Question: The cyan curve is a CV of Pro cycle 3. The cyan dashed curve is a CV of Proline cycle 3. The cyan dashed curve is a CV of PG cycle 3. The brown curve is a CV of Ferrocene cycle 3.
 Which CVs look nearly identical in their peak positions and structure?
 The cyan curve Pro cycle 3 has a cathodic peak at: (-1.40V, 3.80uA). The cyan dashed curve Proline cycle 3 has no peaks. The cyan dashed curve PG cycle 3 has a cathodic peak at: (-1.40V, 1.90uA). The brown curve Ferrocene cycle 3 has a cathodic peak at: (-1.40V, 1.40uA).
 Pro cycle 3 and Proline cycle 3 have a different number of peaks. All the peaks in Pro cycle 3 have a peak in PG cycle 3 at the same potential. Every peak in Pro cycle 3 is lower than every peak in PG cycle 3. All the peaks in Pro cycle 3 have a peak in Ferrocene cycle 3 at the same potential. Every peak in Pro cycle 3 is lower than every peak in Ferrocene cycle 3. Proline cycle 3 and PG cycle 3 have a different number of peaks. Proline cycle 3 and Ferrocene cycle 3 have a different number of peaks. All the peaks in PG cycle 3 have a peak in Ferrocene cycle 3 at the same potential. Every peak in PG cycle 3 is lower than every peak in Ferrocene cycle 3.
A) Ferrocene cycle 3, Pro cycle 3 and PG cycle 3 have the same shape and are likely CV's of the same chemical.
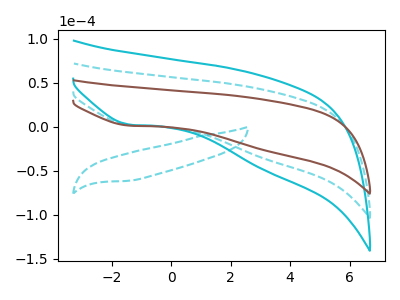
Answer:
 <answer>A) "Ferrocene cycle 3", "Pro cycle 3" and "PG cycle 3" have the same shape and are likely CV's of the same chemical.</answer>
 <eval>A</eval>